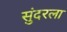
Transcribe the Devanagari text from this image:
सुंदरला